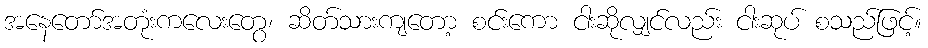
အနေတော်အတုံးကလေးတွေ၊ ဆိတ်သားကျတော့ စင်းကော ငါးဆိုလျှင်လည်း ငါးဆုပ် စသည်ဖြင့်။